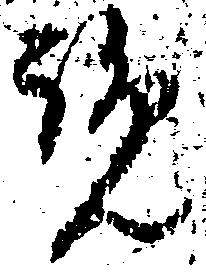
覧